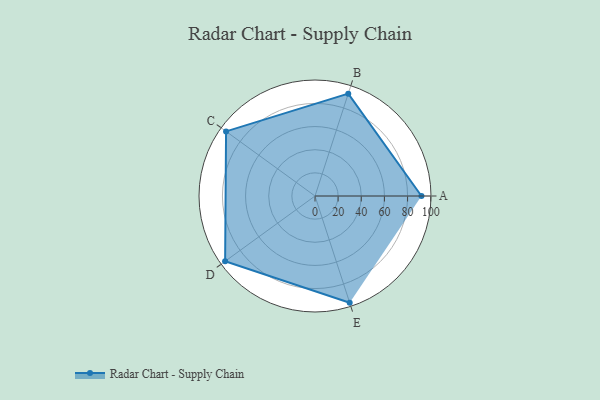
{"axis": {"x": "Skill", "y": "Score"}, "legend": ["Profile"], "data": [{"x": "A", "y": 92.0, "type": "Profile"}, {"x": "B", "y": 93.0, "type": "Profile"}, {"x": "C", "y": 95.0, "type": "Profile"}, {"x": "D", "y": 96.0, "type": "Profile"}, {"x": "E", "y": 97.0, "type": "Profile"}]}